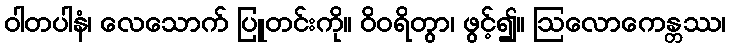
ဝါတပါနံ၊ လေသောက် ပြူတင်းကို။ ဝိဝရိတွာ၊ ဖွင့်၍။ ဩလောကေန္တဿ၊